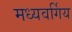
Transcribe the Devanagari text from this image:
मध्यवर्गिय